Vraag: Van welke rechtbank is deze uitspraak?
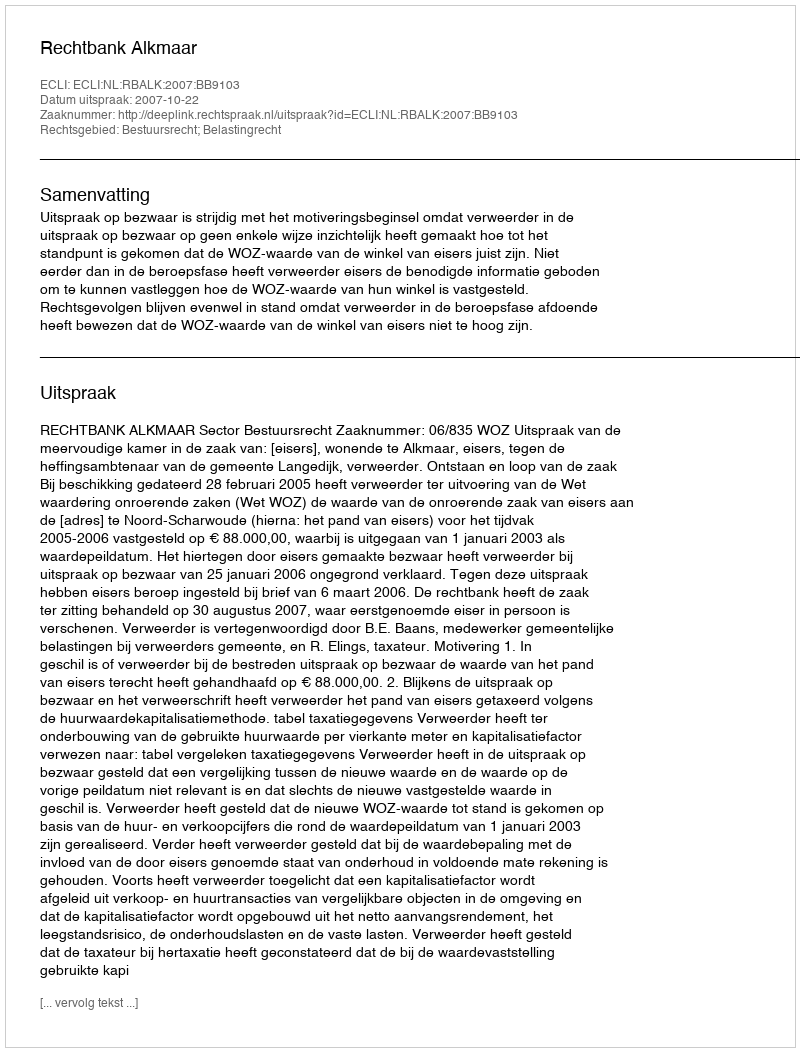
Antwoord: Rechtbank Alkmaar